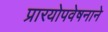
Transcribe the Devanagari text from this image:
प्रारयोपवेषनाने